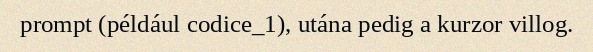
prompt (például codice_1), utána pedig a kurzor villog.